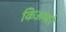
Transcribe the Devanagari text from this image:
किअम्बरे